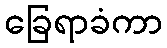
ခြေရာခံကာ